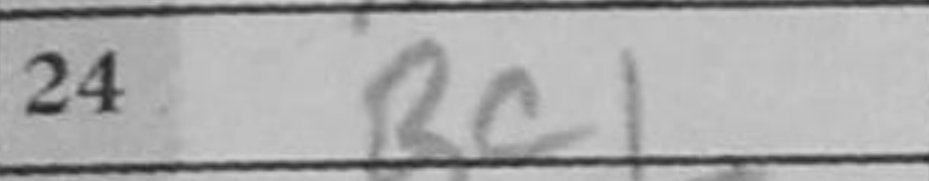
Transcription: Rc1